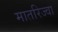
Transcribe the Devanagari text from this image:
मातरिज्वा